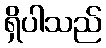
ရှိပါသည်